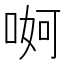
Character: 𠶚